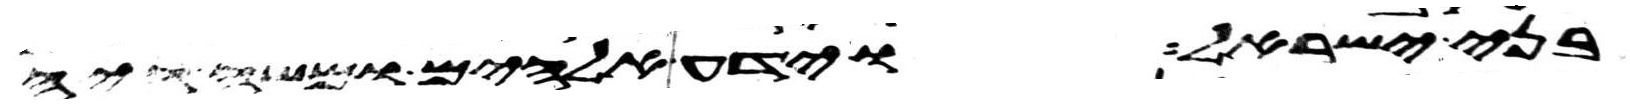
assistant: בני ישראל וידע אלהים ומשה היה